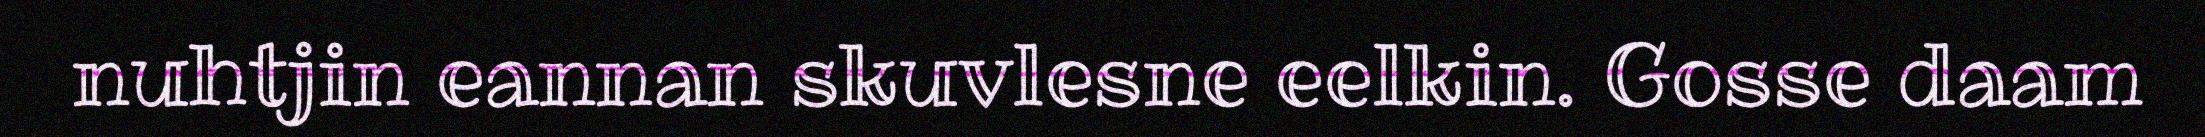
nuhtjin eannan skuvlesne eelkin. Gosse daam